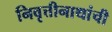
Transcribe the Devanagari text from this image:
निवृत्तीनाथांची